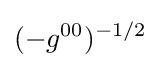
(-{g^{00}})^{-1/2}